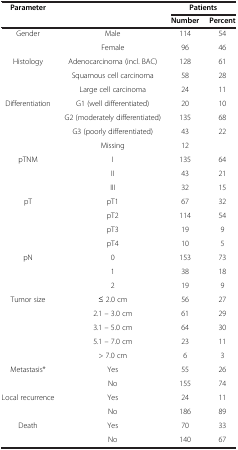
<table><thead><tr><td><b>Parameter</b></td><td><b> </b></td><td colspan="2"><b>Patients</b></td></tr><tr><td><b> </b></td><td><b> </b></td><td><b>Number</b></td><td><b>Percent</b></td></tr></thead><tbody><tr><td>Gender</td><td>Male</td><td>114</td><td>54</td></tr><tr><td> </td><td>Female</td><td>96</td><td>46</td></tr><tr><td>Histology</td><td>Adenocarcinoma (incl. BAC)</td><td>128</td><td>61</td></tr><tr><td> </td><td>Squamous cell carcinoma</td><td>58</td><td>28</td></tr><tr><td> </td><td>Large cell carcinoma</td><td>24</td><td>11</td></tr><tr><td>Differentiation</td><td>G1 (well differentiated)</td><td>20</td><td>10</td></tr><tr><td> </td><td>G2 (moderately differentiated)</td><td>135</td><td>68</td></tr><tr><td> </td><td>G3 (poorly differentiated)</td><td>43</td><td>22</td></tr><tr><td> </td><td>Missing</td><td>12</td><td> </td></tr><tr><td>pTNM</td><td>I</td><td>135</td><td>64</td></tr><tr><td> </td><td>II</td><td>43</td><td>21</td></tr><tr><td> </td><td>III</td><td>32</td><td>15</td></tr><tr><td>pT</td><td>pT1</td><td>67</td><td>32</td></tr><tr><td> </td><td>pT2</td><td>114</td><td>54</td></tr><tr><td> </td><td>pT3</td><td>19</td><td>9</td></tr><tr><td> </td><td>pT4</td><td>10</td><td>5</td></tr><tr><td>pN</td><td>0</td><td>153</td><td>73</td></tr><tr><td> </td><td>1</td><td>38</td><td>18</td></tr><tr><td> </td><td>2</td><td>19</td><td>9</td></tr><tr><td>Tumor size</td><td>≤ 2.0 cm</td><td>56</td><td>27</td></tr><tr><td> </td><td>2.1 – 3.0 cm</td><td>61</td><td>29</td></tr><tr><td> </td><td>3.1 – 5.0 cm</td><td>64</td><td>30</td></tr><tr><td> </td><td>5.1 – 7.0 cm</td><td>23</td><td>11</td></tr><tr><td> </td><td>&gt; 7.0 cm</td><td>6</td><td>3</td></tr><tr><td>Metastasis*</td><td>Yes</td><td>55</td><td>26</td></tr><tr><td> </td><td>No</td><td>155</td><td>74</td></tr><tr><td>Local recurrence</td><td>Yes</td><td>24</td><td>11</td></tr><tr><td> </td><td>No</td><td>186</td><td>89</td></tr><tr><td>Death</td><td>Yes</td><td>70</td><td>33</td></tr><tr><td> </td><td>No</td><td>140</td><td>67</td></tr></tbody></table>